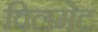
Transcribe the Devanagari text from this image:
विलमेट